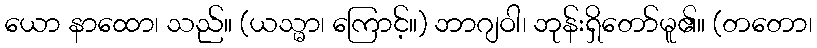
ယော နာထော၊ သည်။ (ယသ္မာ၊ ကြောင့်။) ဘာဂျဝါ၊ ဘုန်းရှိတော်မူ၏။ (တတော၊